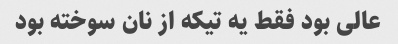
عالی بود فقط یه تیکه از نان سوخته بود